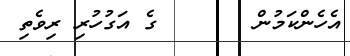
އެހެންކަމުން       ގެ އަގުހުރި ރިވެތި